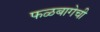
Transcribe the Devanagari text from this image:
फळबागेची